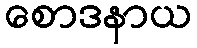
စောဒနာယ